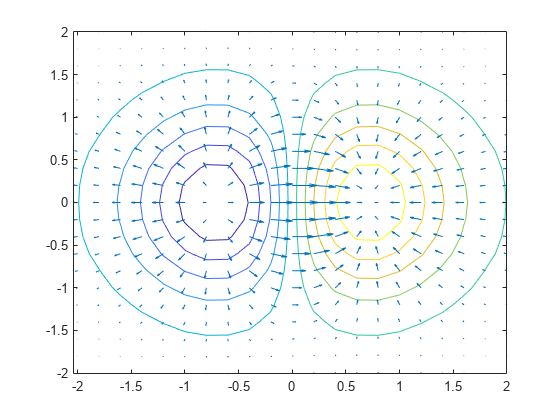
matlab, contour, quiver